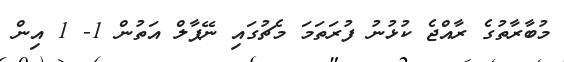
މުބާރާތުގެ ރާއްޖެ ކުޅުނު ފުރަތަމަ މެޗުގައި ނޭޕާލް އަތުން 1- 1 އިން